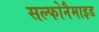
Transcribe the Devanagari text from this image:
सल्फोनैमाइड